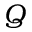
Q